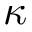
\kappa